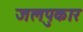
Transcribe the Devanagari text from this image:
जलपुकार